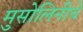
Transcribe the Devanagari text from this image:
मुसोलिनीचे